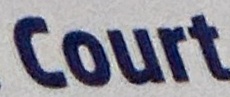
Court